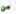
من